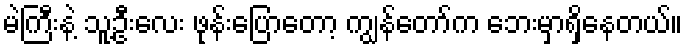
မဲကြီးနဲ့ သူ့ဦးလေး ဖုန်းပြောတော့ ကျွန်တော်က ဘေးမှာရှိနေတယ်။